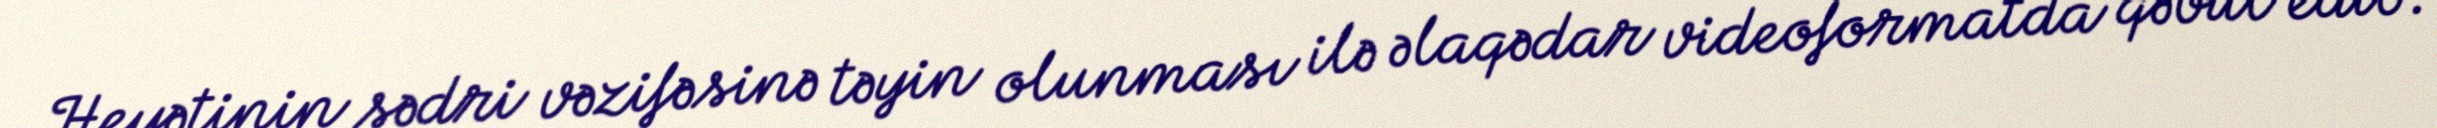
Heyətinin sədri vəzifəsinə təyin olunması ilə əlaqədar videoformatda qəbul edib.